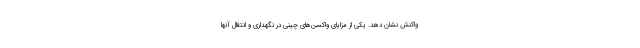
واکنش نشان دهد. یکی از مزایای واکسن‌های چینی در نگهداری و انتقال آنها